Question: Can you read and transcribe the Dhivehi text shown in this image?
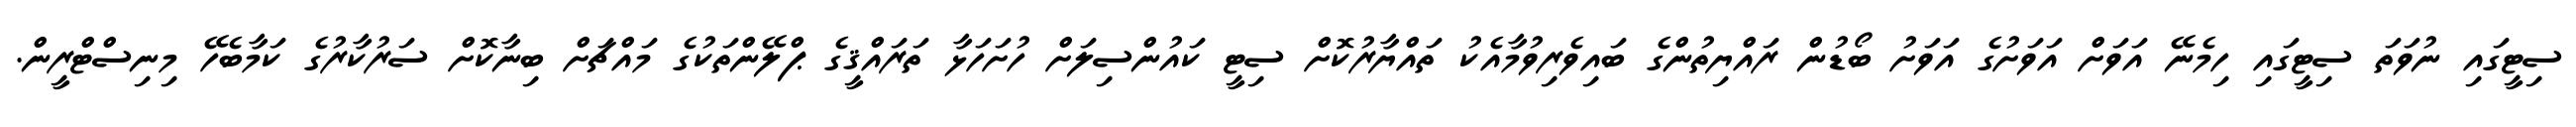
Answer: ސިޓީގައި ނުވަތަ ސިޓީގައި ހިމެނޭ އަވަށް އަވަށުގެ އަވަށު ބޯޑުން ރައްޔިތުންގެ ބައިވެރިވުމާއެކު ތައްޔާރުކޮށް ސިޓީ ކައުންސިލަށް ހުށަހަޅާ ތަރައްޤީގެ ޕްލޭންތަކުގެ މައްޗަށް ބިނާކޮށް ސަރުކާރުގެ ކަމާބެހޭ މިނިސްޓްރީން.